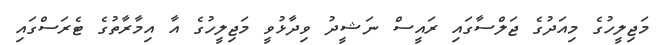
މަޖިލީހުގެ މިއަދުގެ ޖަލްސާގައި ރައީސް ނަޝީދު ވިދާޅުވީ މަޖިލީހުގެ އާ އިމާރާތުގެ ޓެރަސްގައި